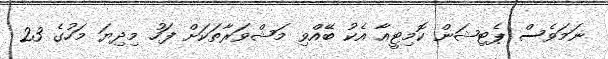
ނަމަވެސް ޕެޓިޝަން ކޮމިޓީއާ އެކު ބޭއްވި މަޝްވަރާތަކަށް ފަހު މިދިޔަ މަހުގެ 23